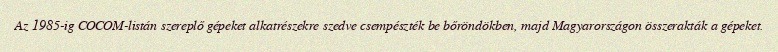
Az 1985-ig COCOM-listán szereplő gépeket alkatrészekre szedve csempészték be bőröndökben, majd Magyarországon összerakták a gépeket.